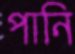
পানি